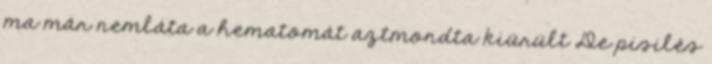
ma már nemláta a hematomát aztmondta kiürült De pisilés